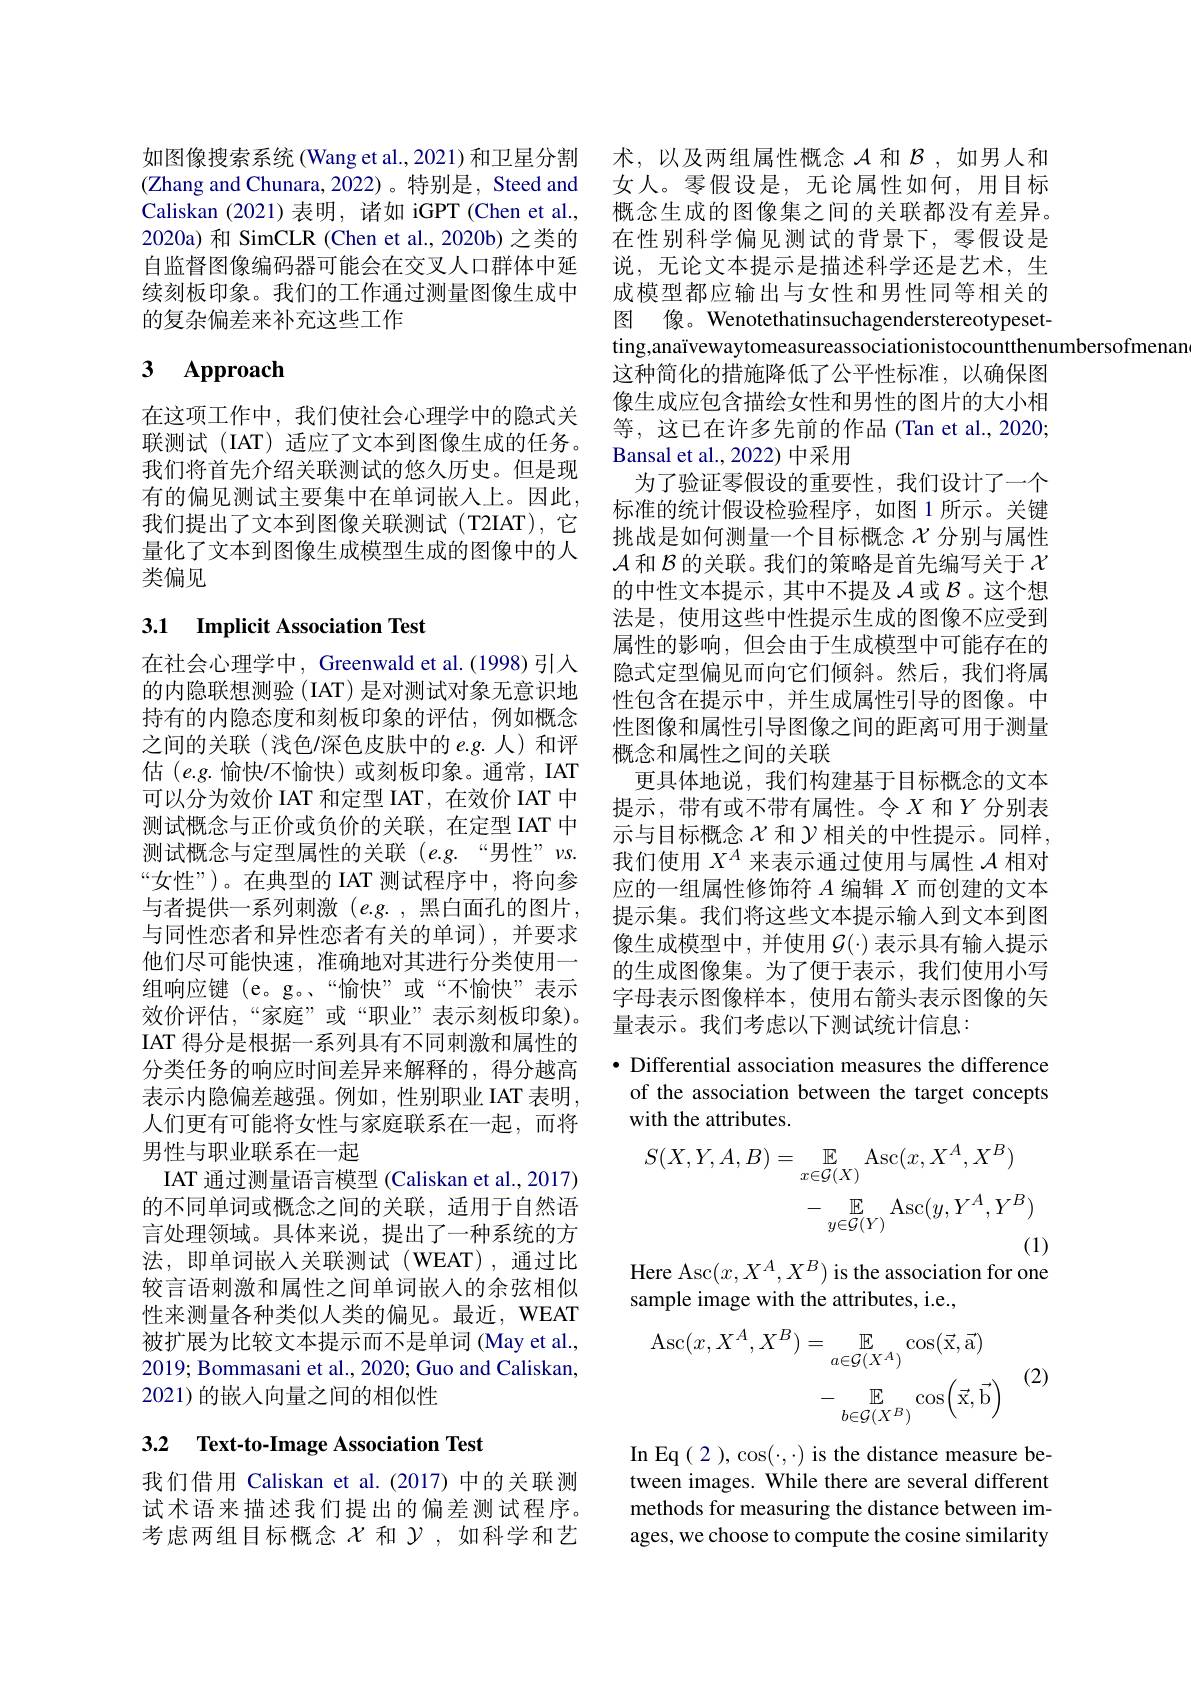
如图像搜索系统(Wang et al.,2021) 和卫星分割(Zhang and Chunara, 2022)。特别是，Steed and Caliskan (2021) 表明，诸如 iGPT (Chen et al., 2020a) 和 SimCLR (Chen et al., 2020b) 之类的自监督图像编码器可能会在交叉人口群体中延续刻板印象。我们的工作通过测量图像生成中的复杂偏差来补充这些工作

# 3 Approach

在这项工作中，我们使社会心理学中的隐式关联测试(IAT) 适应了文本到图像生成的任务。我们将首先介绍关联测试的悠久历史。但是现有的偏见测试主要集中在单词嵌人上。因此， 我们提出了文本到图像关联测试(T2IAT),它量化了文本到图像生成模型生成的图像中的人类偏见

# 3.1 Implicit Association Test

在社会心理学中，Greenwald et al.(1998)引入的内隐联想测验(IAT)是对测试对象无意识地持有的内隐态度和刻板印象的评估，例如概念之间的关联(浅色/深色皮肤中的$e.g.$人)和评估$(e.g.$愉快/不愉快)或刻板印象。通常，IAT 可以分为效价 IAT 和定型 IAT, 在效价 IAT 中测试概念与正价或负价的关联，在定型 IAT 中测试概念与定型属性的关联(e.g.“男性”$vs.$ “女性”)。在典型的 IAT 测试程序中，将向参与者提供一系列刺激(e.g.,黑白面孔的图片， 与同性恋者和异性恋者有关的单词),并要求他们尽可能快速，准确地对其进行分类使用一组响应键 (e。g。“愉快”或“不愉快”表示效价评估，“家庭”或“职业”表示刻板印象)。IAT 得分是根据一系列具有不同刺激和属性的分类任务的响应时间差异来解释的，得分越高表示内隐偏差越强。例如，性别职业 IAT 表明， 人们更有可能将女性与家庭联系在一起，而将男性与职业联系在一起
IAT 通过测量语言模型 (Caliskan et al., 2017) 的不同单词或概念之间的关联，适用于自然语言处理领域。具体来说，提出了一种系统的方法，即单词嵌人关联测试(WEAT),通过比较言语刺激和属性之间单词嵌入的余弦相似性来测量各种类似人类的偏见。最近，WEAT 被扩展为比较文本提示而不是单词 (May et al., 2019; Bommasani et al., 2020; Guo and Caliskan, 2021)的嵌入向量之间的相似性

# 3.2 $\textbf{Text- to- Image Association Test}$

我们借用 Caliskan et al.(2017)中的关联测试术语来描述我们提出的偏差测试程序。考虑两组目标概念$\chi$ 和$\gamma$,如科学和艺

术，以及两组属性概念$\mathcal{A}$和$\mathcal{B}$ ,如男人和女人。零假设是，无论属性如何，用目标概念生成的图像集之间的关联都没有差异。在性别科学偏见测试的背景下，零假设是说，无论文本提示是描述科学还是艺术，生成模型都应输出与女性和男性同等相关的图 像。Wenotethatinsuchagenderstereotypeset ting,anaïvewaytomeasureassociationistocountthenumbersofmenan
这种简化的措施降低了公平性标准，以确保图像生成应包含描绘女性和男性的图片的大小相等，这已在许多先前的作品(Tan et al.,2020; Bansal et al., 2022) 中采用
为了验证零假设的重要性，我们设计了一个标准的统计假设检验程序，如图 1 所示。关键挑战是如何测量一个目标概念$\chi$ 分别与属性$\mathcal{A}$和$\mathcal{B}$的关联。我们的策略是首先编写关于$\chi$ 的中性文本提示，其中不提及$\mathcal{A}$或$\mathcal{B}$ 。这个想法是，使用这些中性提示生成的图像不应受到属性的影响，但会由于生成模型中可能存在的隐式定型偏见而向它们倾斜。然后，我们将属性包含在提示中，并生成属性引导的图像。中性图像和属性引导图像之间的距离可用于测量概念和属性之间的关联
更具体地说，我们构建基于目标概念的文本提示，带有或不带有属性。令$X$ 和$Y$ 分别表示与目标概念$\chi$和$\mathcal{Y}$相关的中性提示。同样， 我们使用$X^A$来表示通过使用与属性$\mathcal{A}$相对应的一组属性修饰符$A$编辑$X$而创建的文本提示集。我们将这些文本提示输人到文本到图像生成模型中，并使用$\mathcal{G}(\cdot)$表示具有输入提示的生成图像集。为了便于表示，我们使用小写字母表示图像样本，使用右箭头表示图像的矢量表示。我们考虑以下测试统计信息：
$\bullet$ Differential association measures the difference
of the association between the target concepts

with the attributes.
$$\begin{aligned}S(X,Y,A,B)&=\mathbb{E}_{x\in\mathcal{G}(X)}\operatorname{Asc}(x,X^{A},X^{B})\\&-\underset{y\in\mathcal{G}(Y)}{\operatorname*{\mathbb{E}}}\operatorname{Asc}(y,Y^{A},Y^{B})\end{aligned}$$
Here Asc$(x,X^{A},X^{B})$ is the association for one

sample image with the attributes, i.e.,
$$\begin{aligned}\operatorname{Asc}(x,X^A,X^B)&=\underset{a\in\mathcal{G}(X^A)}{\mathbb{E}}\cos\bigl(\vec{\mathrm{x}},\vec{\mathrm{a}}\bigr)\\&-\underset{b\in\mathcal{G}(X^B)}{\mathbb{E}}\cos\biggl(\vec{\mathrm{x}},\vec{\mathrm{b}}\biggr)\end{aligned}$$
(2)

In Eq(2 ), cos(·,·) is the distance measure between images. While there are several different methods for measuring the distance between images, we choose to compute the cosine similarity